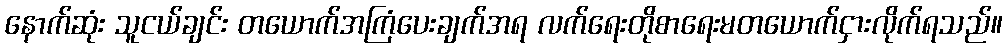
နောက်ဆုံး သူငယ်ချင်း တယောက်အကြံပေးချက်အရ လက်ရေးတိုစာရေးမတယောက်ငှားလိုက်ရသည်။